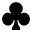
\clubsuit